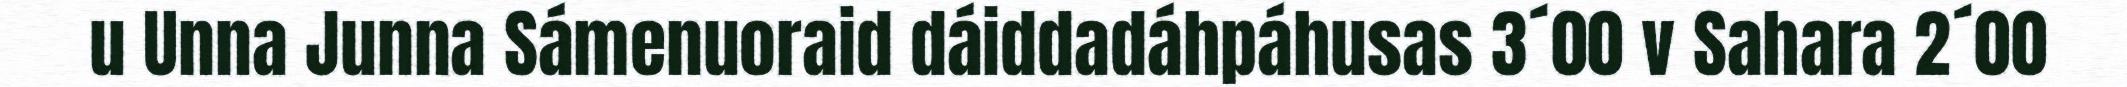
u Unna Junna Sámenuoraid dáiddadáhpáhusas 3´00 v Sahara 2´00